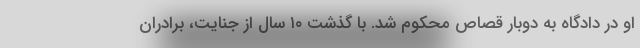
او در دادگاه به دوبار قصاص محکوم شد. با گذشت ۱۰ سال از جنایت، برادران